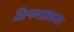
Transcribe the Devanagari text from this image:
तिरुवनाइक्कवल